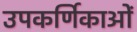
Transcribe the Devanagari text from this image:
उपकर्णिकाओं